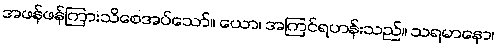
အဖန်ဖန်ကြားသိစေအပ်သော်။ ယော၊ အကြင်ရဟန်းသည်။ သရမာနော၊